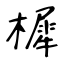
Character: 樨